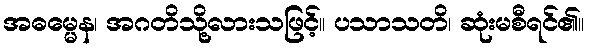
အဓမ္မေန၊ အဂတိသို့လားသဖြင့်။ ပသာသတိ၊ ဆုံးမစီရင်၏။